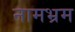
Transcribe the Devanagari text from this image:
नामभ्रम